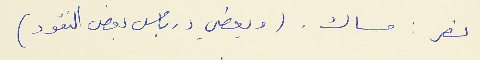
نصر : مساك . (ويعطي درباس بعض النقود)